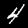
Label: 4